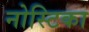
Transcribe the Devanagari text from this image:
नोस्टिका